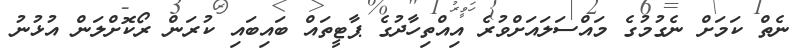
ނެތް ކަމަށް ނެގުމުގެ މައްސަލައަށްވުރެ އިއްތިހާދުގެ ޕާޓީތައް ބައިބައި ކުރަން ރޯކޮށްލަން އުޅުނު